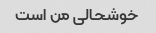
خوشحالی من است